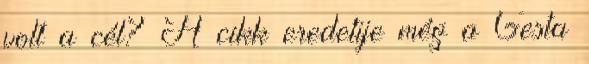
volt a cél? A cikk eredetije még a Gesta